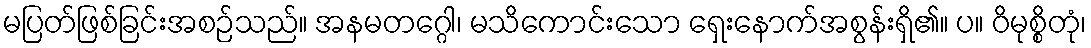
မပြတ်ဖြစ်ခြင်းအစဉ်သည်။ အနမတဂ္ဂေါ၊ မသိကောင်းသော ရှေးနောက်အစွန်းရှိ၏။ ပ။ ဝိမုစ္စိတုံ၊